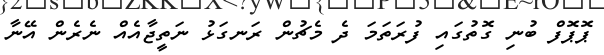
ޕޮޕޮފް ބުނި ގޮތުގައި ފުރަތަމަ ދެ މެޗުން ރަނގަޅު ނަތީޖާއެއް ނެރެން އޭނާ